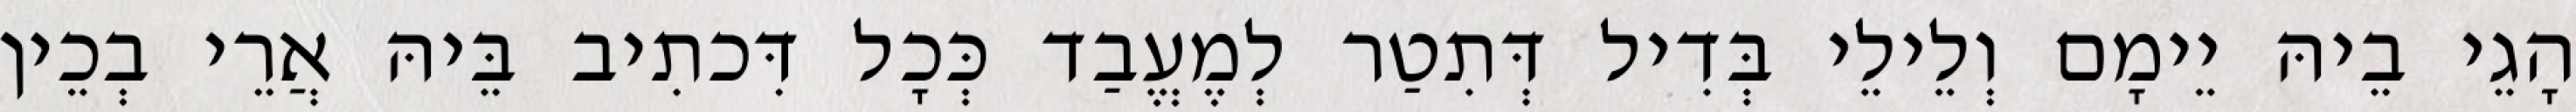
הָגֵי בֵיהּ יֵימָם וְלֵילֵי בְּדִיל דְּתִטַר לְמֶעֱבַד כְּכָל דִּכתִיב בֵּיהּ אֲרֵי בְכֵין